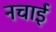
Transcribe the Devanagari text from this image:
नचाई